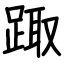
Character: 踙